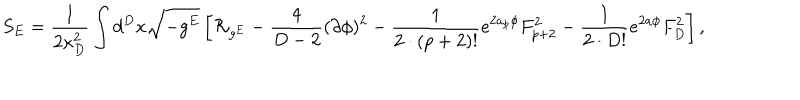
S _ { E } = { \frac { 1 } { 2 \kappa _ { D } ^ { 2 } } } \int d ^ { D } x \sqrt { - g ^ { E } } \left[ { \cal R } _ { g ^ { E } } - { \frac { 4 } { D - 2 } } ( \partial \phi ) ^ { 2 } - { \frac { 1 } { 2 \cdot ( p + 2 ) ! } } e ^ { 2 a _ { p } \phi } F _ { p + 2 } ^ { 2 } - { \frac { 1 } { 2 \cdot D ! } } e ^ { 2 a \phi } F _ { D } ^ { 2 } \right] ,